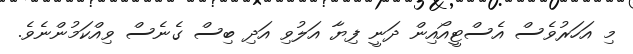
މި އަހަރުވެސް އެސްޓީއޯއިން ދަނީ ފިޔާ އަލުވި އަދި ބިސް ގެނެސް ވިއްކަމުންނެވެ.